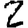
Digit: 2